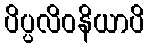
ပိပ္ပလိဝနိယာပိ